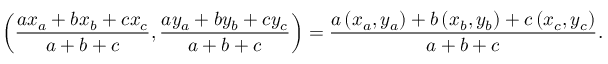
\left( { \frac { a x _ { a } + b x _ { b } + c x _ { c } } { a + b + c } } , { \frac { a y _ { a } + b y _ { b } + c y _ { c } } { a + b + c } } \right) = { \frac { a \left( x _ { a } , y _ { a } \right) + b \left( x _ { b } , y _ { b } \right) + c \left( x _ { c } , y _ { c } \right) } { a + b + c } } .